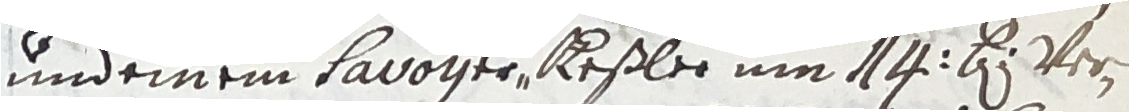
und einem lavoger Keßler um 114 b ver